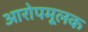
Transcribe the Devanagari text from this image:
आरोपमूलक